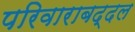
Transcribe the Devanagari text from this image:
परिवाराबद्दल